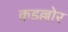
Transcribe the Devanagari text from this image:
कडल्लोर